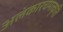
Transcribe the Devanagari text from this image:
अलंकारचमत्कृति